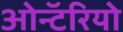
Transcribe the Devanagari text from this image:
ओन्टॅरियो